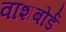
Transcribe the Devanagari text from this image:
वाशबोर्ड